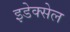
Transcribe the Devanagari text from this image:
इडेक्सेल